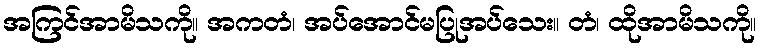
အကြင်အာမိသကို။ အကတံ၊ အပ်အောင်မပြုအပ်သေး။ တံ၊ ထိုအာမိသကို။